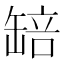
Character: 䍌